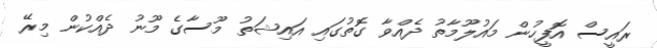
ރައީސް އޮފީހުން މައުލޫމާތު ދެއްވާ ގޮތުގައި އައިޝަތު މޫސާގެ މޫނު ދެއްކުން މިރޭ